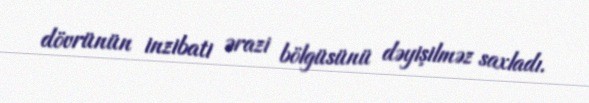
dövrünün inzibati ərazi bölgüsünü dəyişilməz saxladı.